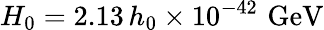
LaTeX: H_{0}=2.13\, h_{0}\times 10^{-42}\, \, \mathrm{GeV}